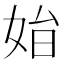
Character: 𡜗